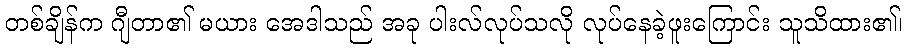
တစ်ချိန်က ဂျီတာ၏ မယား အေဒါသည် အခု ပါးလ်လုပ်သလို လုပ်နေခဲ့ဖူးကြောင်း သူသိထား၏၊